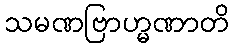
သမဏဗြာဟ္မဏာတိ